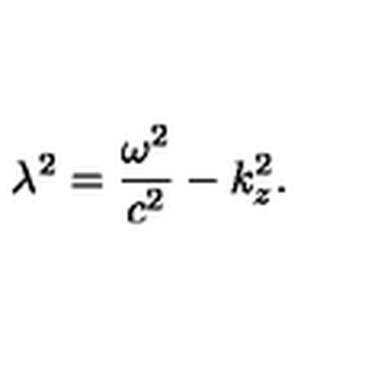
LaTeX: \lambda ^ { 2 } = \frac { \omega ^ { 2 } } { c ^ { 2 } } - k _ { z } ^ { 2 } { . }